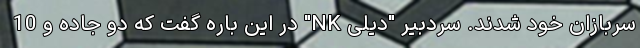
سربازان خود شدند. سردبیر "دیلی NK" در این باره گفت که دو جاده و 10